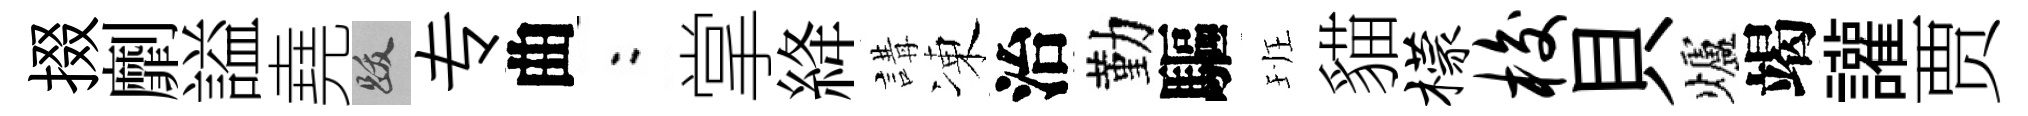
掇劘謚堯跋专曲欸掌絳講凍治勤驅班貓檬梭貝爐竭讙贾